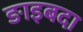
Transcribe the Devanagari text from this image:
ङाइबदा